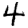
Digit: 4